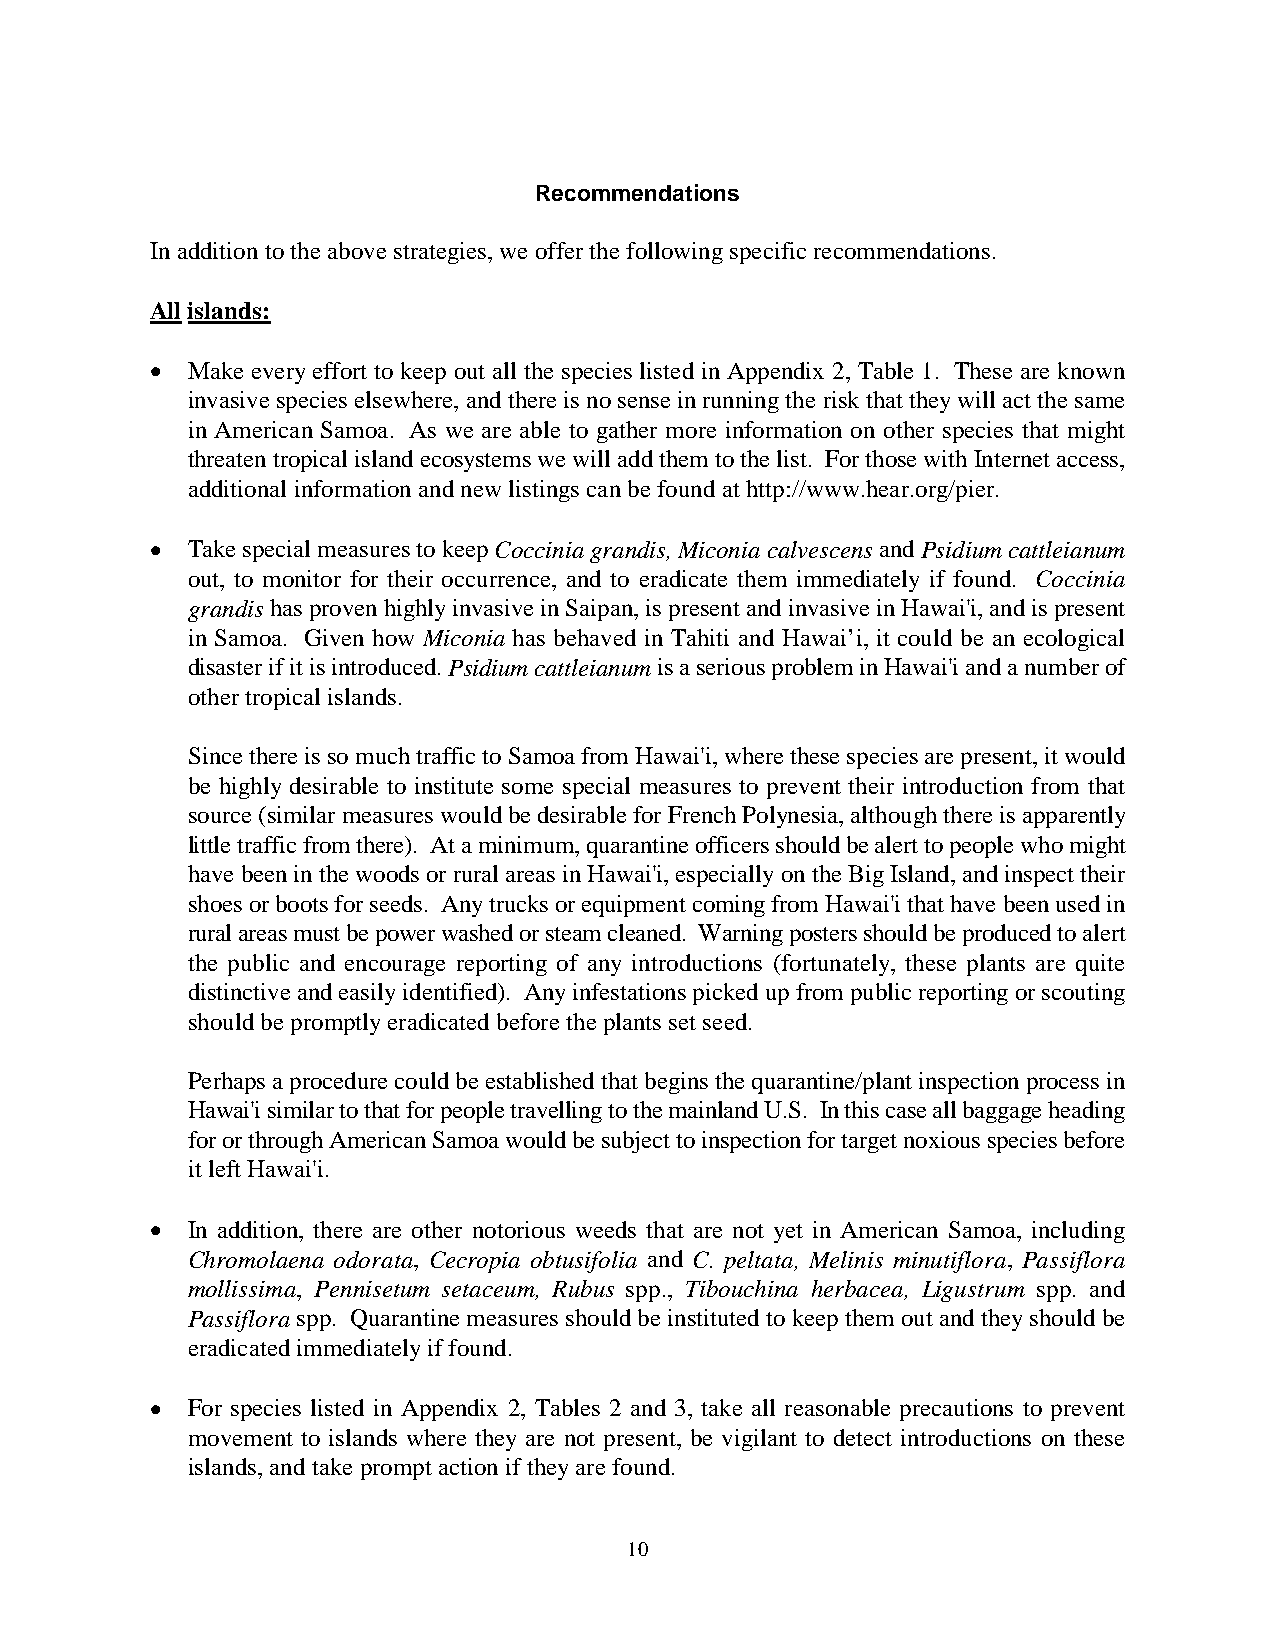
Recommendations
 In addition to the above strategies, we offer the following specific recommendations.
 All islands:
 • Make every effort to keep out all the species listed in Appendix 2, Table 1. These are known
 invasive species elsewhere, and there is no sense in running the risk that they will act the same
 in American Samoa. As we are able to gather more information on other species that might
 threaten tropical island ecosystems we will add them to the list. For those with Internet access,
 additional information and new listings can be found at http://www.hear.org/pier.
 • Take special measures to keep Coccinia grandis, Miconia calvescens and Psidium cattleianum
 out, to monitor for their occurrence, and to eradicate them immediately if found. Coccinia
 grandis has proven highly invasive in Saipan, is present and invasive in Hawai'i, and is present
 in Samoa. Given how Miconia has behaved in Tahiti and Hawai’i, it could be an ecological
 disaster if it is introduced. Psidium cattleianum is a serious problem in Hawai'i and a number of
 other tropical islands.
 Since there is so much traffic to Samoa from Hawai'i, where these species are present, it would
 be highly desirable to institute some special measures to prevent their introduction from that
 source (similar measures would be desirable for French Polynesia, although there is apparently
 little traffic from there). At a minimum, quarantine officers should be alert to people who might
 have been in the woods or rural areas in Hawai'i, especially on the Big Island, and inspect their
 shoes or boots for seeds. Any trucks or equipment coming from Hawai'i that have been used in
 rural areas must be power washed or steam cleaned. Warning posters should be produced to alert
 the public and encourage reporting of any introductions (fortunately, these plants are quite
 distinctive and easily identified). Any infestations picked up from public reporting or scouting
 should be promptly eradicated before the plants set seed.
 Perhaps a procedure could be established that begins the quarantine/plant inspection process in
 Hawai'i similar to that for people travelling to the mainland U.S. In this case all baggage heading
 for or through American Samoa would be subject to inspection for target noxious species before
 it left Hawai'i.
 • In addition, there are other notorious weeds that are not yet in American Samoa, including
 Chromolaena odorata, Cecropia obtusifolia and C. peltata, Melinis minutiflora, Passiflora
 mollissima, Pennisetum setaceum, Rubus spp., Tibouchina herbacea, Ligustrum spp. and
 Passiflora spp. Quarantine measures should be instituted to keep them out and they should be
 eradicated immediately if found.
 • For species listed in Appendix 2, Tables 2 and 3, take all reasonable precautions to prevent
 movement to islands where they are not present, be vigilant to detect introductions on these
 islands, and take prompt action if they are found.
 10